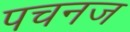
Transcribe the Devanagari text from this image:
पचनज